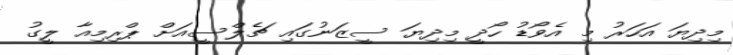
މިދިޔަ އަހަރު މި އެވޯޑު ހޯދީ މިދިޔަ ސީޒަނުގައި ޗެލްސީއަށް ޕްރިމިއާ ލީގު